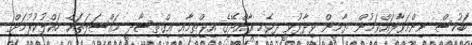
ބަހުސް ނިންމަވާލައްވަމުން ޔާމީން ވިދާޅުވީ ދިވެހި ރާއްޖޭގެ އިޖްތިމާއި އިގްތިސާދީ މައްސަލަތައް ހައްލުކުރުމަށް